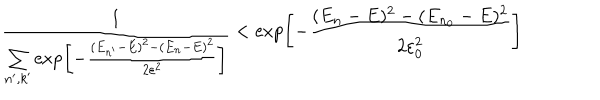
LaTeX: { \frac { 1 } { \sum _ { n ^ { \prime } , k ^ { \prime } } \exp \! \left[ { - { \frac { ( E _ { n ^ { \prime } } - E ) ^ { 2 } - ( E _ { n } - E ) ^ { 2 } } { 2 \varepsilon ^ { 2 } } } } \right] } } < \exp \! \left[ { - { \frac { ( E _ { n } - E ) ^ { 2 } - ( E _ { n _ { 0 } } - E ) ^ { 2 } } { 2 \varepsilon _ { 0 } ^ { 2 } } } } \right]